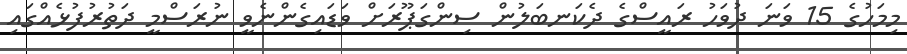
މިމަހުގެ 15 ވަނަ ދުވަހު ރައީސްގެ ދެކަނބަލުން ސިންގަޕޫރަށް ވަޑައިގެންނެވީ ނުރަސްމީ ދަތުރުފުޅެއްގައި